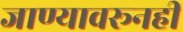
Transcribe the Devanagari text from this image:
जाण्यावरूनही